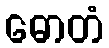
ဓောတံ